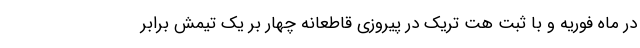
در ماه فوریه و با ثبت هت تریک در پیروزی قاطعانه چهار بر یک تیمش برابر